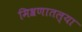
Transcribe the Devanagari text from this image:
मिश्रणातल्या